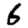
Digit: 6